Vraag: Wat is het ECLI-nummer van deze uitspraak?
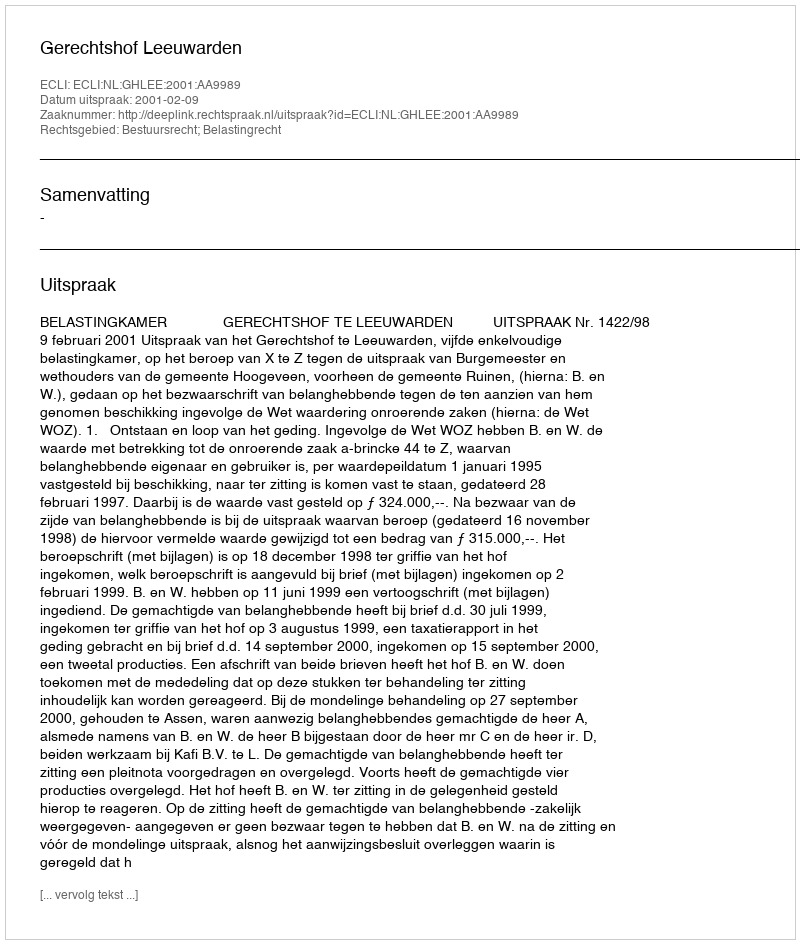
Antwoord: ECLI:NL:GHLEE:2001:AA9989